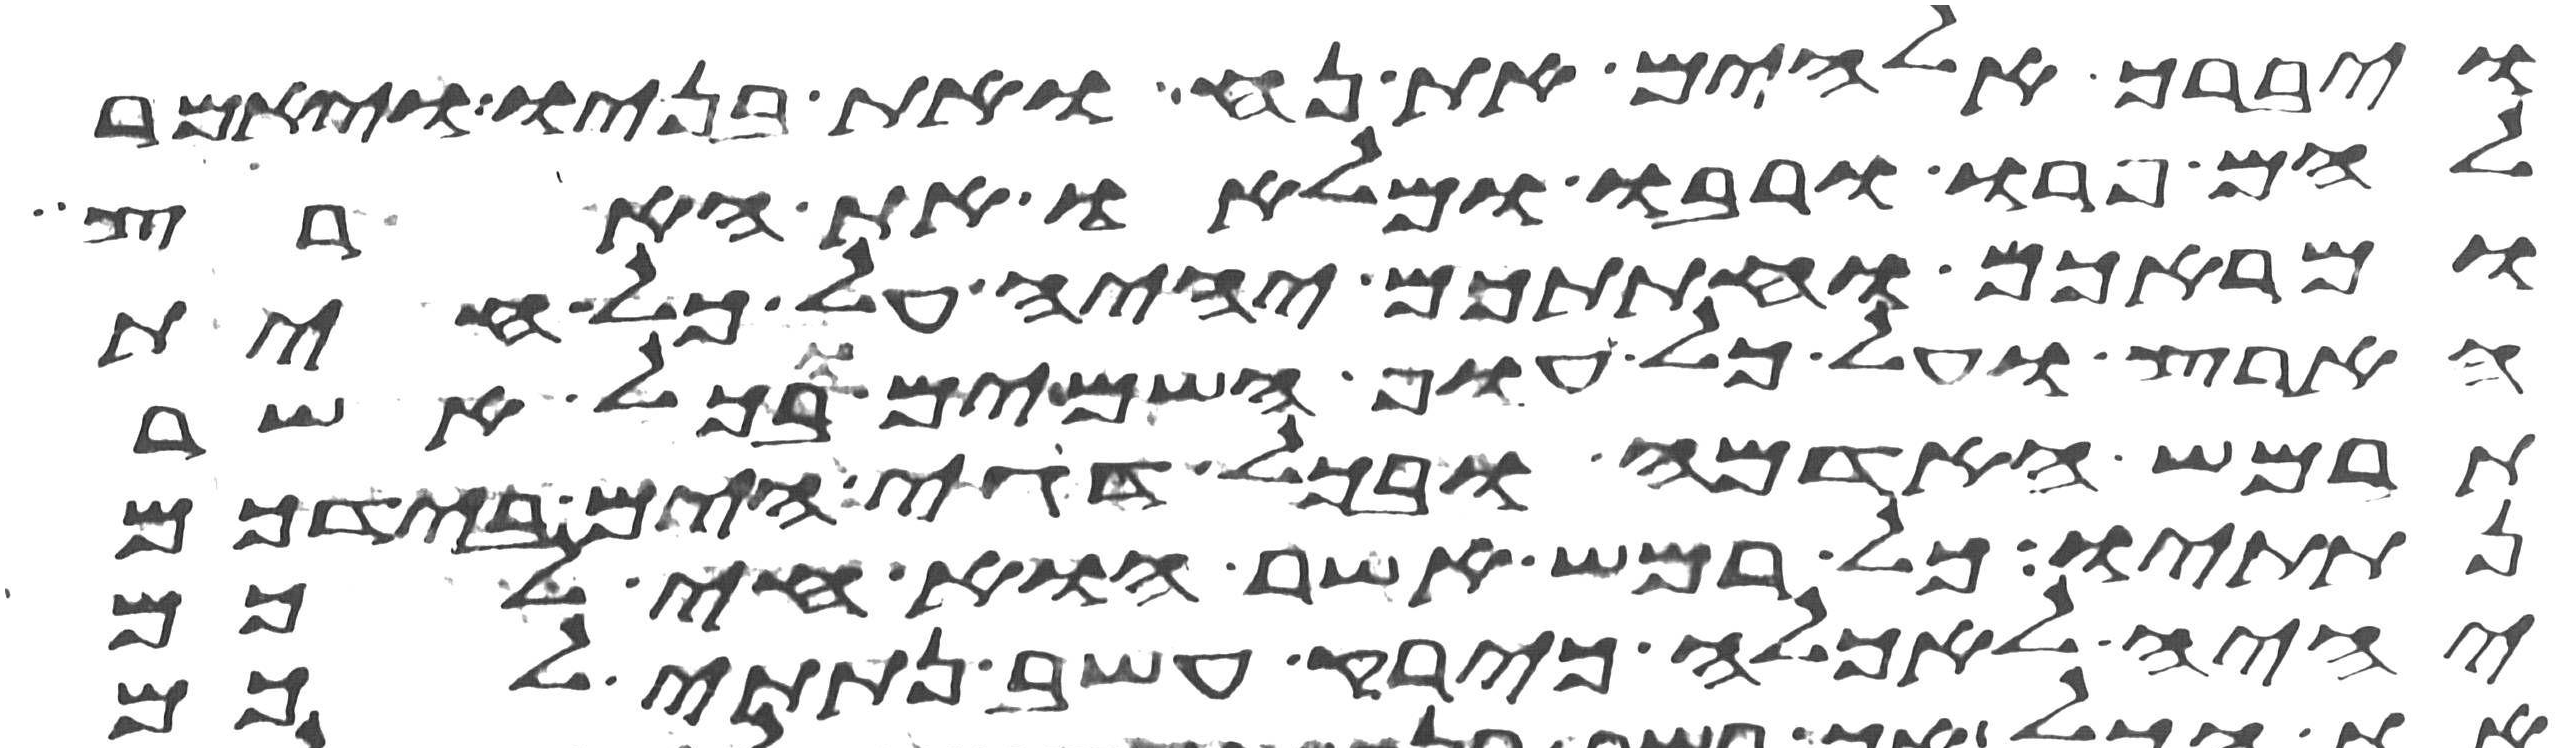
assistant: ויברך אלהים את נח ואת בניו ויאמר
להם פרו ורבו ומלאו את הארץ
ומראכם וחתתכם יהיה על כל חית
הארץ ועל כל עוף השמים ובכל אשר
תרמש האדמה ובכל דגי הים בידכם
נתתיו כל רמש אשר הוא חי לכם
יהיה לאכלה כירק עשב נתתי לכם